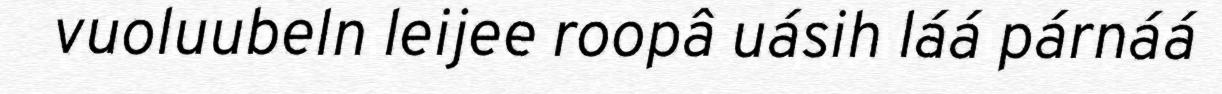
vuoluubeln leijee roopâ uásih láá párnáá